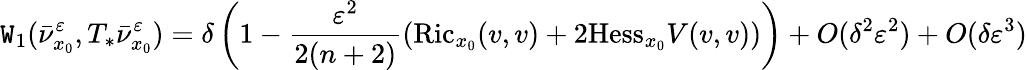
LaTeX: \mathtt{W}_{1}(\bar{{\nu}}_{x_{0}}^{\varepsilon},T_{*}\bar{{\nu}}_{x_{0}}^{\varepsilon})=\delta\left(1-\frac{{\varepsilon^{2}}}{{2(n+2)}}\left(\textrm{{Ric}}_{x_{0}}(v,v)+2\textrm{{Hess}}_{x_{0}}V(v,v)\right)\right)+O(\delta^{2}\varepsilon^{2})+O(\delta\varepsilon^{3})